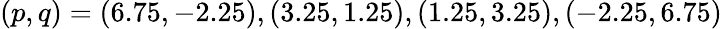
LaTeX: (p,q)=(6.75,-2.25),(3.25,1.25),(1.25,3.25),(-2.25,6.75)